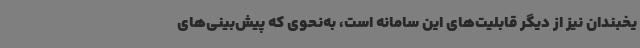
یخبندان نیز از دیگر قابلیت‌های این سامانه است، به‌نحوی که پیش‌بینی‌های